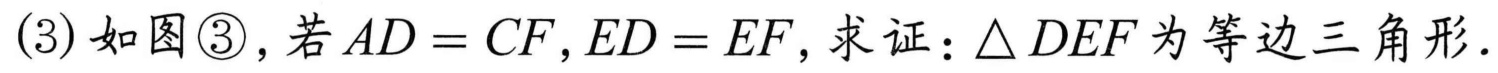
(3)如图\textcircled{3},若\(AD = CF\),\(ED = EF\),求证：\(\triangle DEF\)为等边三角形.